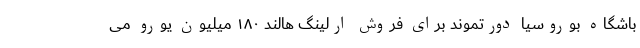
باشگاه بوروسیا دورتموند برای فروش ارلینگ هالند ۱۸۰ میلیون یورو می